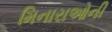
મિનારાઓની